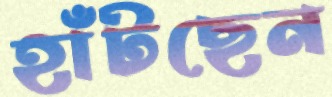
হাঁটছেন